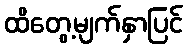
ထိတွေ့မျက်နှာပြင်